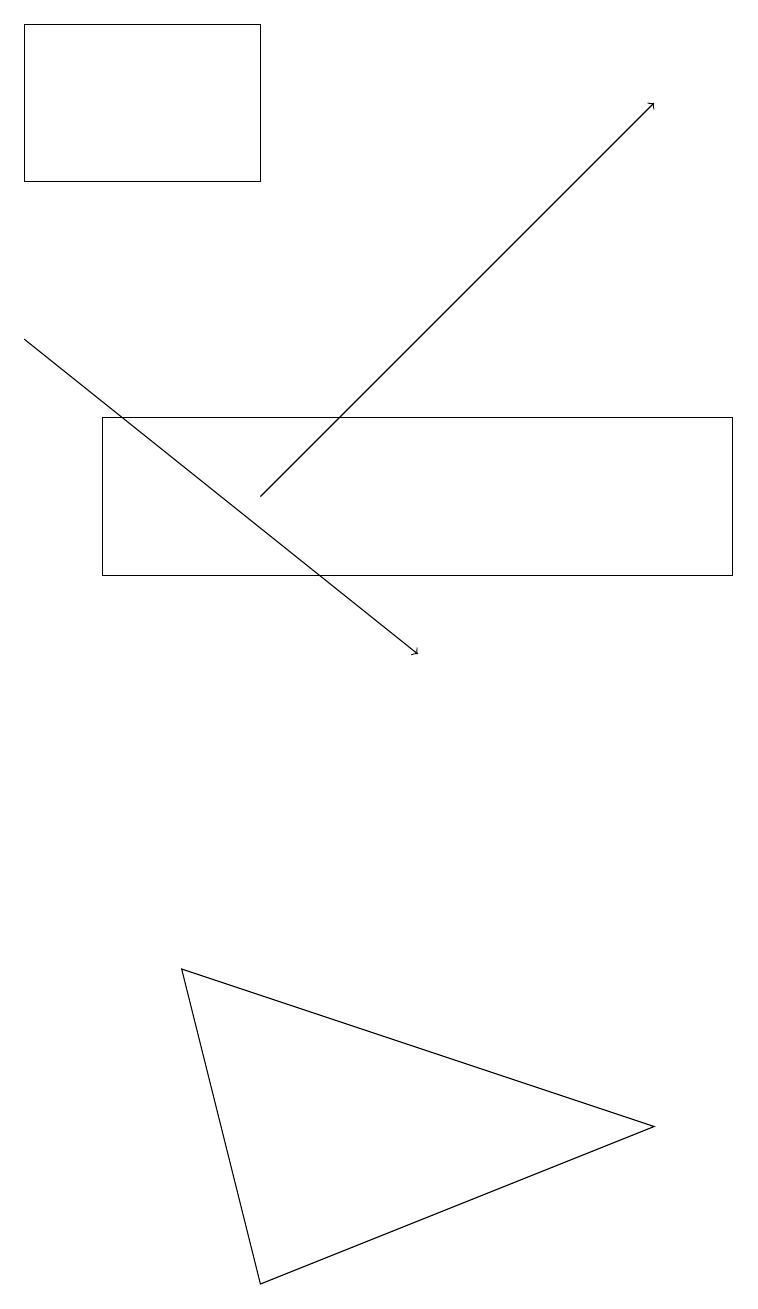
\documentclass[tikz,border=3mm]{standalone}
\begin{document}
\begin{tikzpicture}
\draw[->] (3,13) -- (8,18);
\draw[->] (0,15) -- (5,11);
\draw (3,3) -- (8,5) -- (2,7) -- cycle;
\draw (0,17) rectangle (3,19);
\draw (1,14) rectangle (9,12);
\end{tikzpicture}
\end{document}